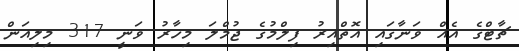
ޗާޓްގެ އެއް ވަނާގައި އޮތްއިރު ފިލްމުގެ ޖުމްލަ މިހާރު ވަނީ 317 މިލިއަން